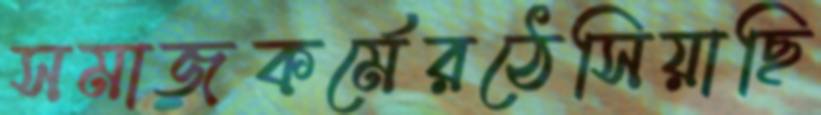
সমাজকর্মেরঠেসিয়াছি